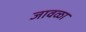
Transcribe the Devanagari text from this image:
जावळा